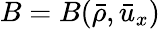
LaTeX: B=B(\bar{\rho},\bar{u}_{x})